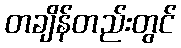
တချိန်တည်းတွင်